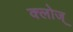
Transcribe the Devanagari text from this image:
क्लोज्